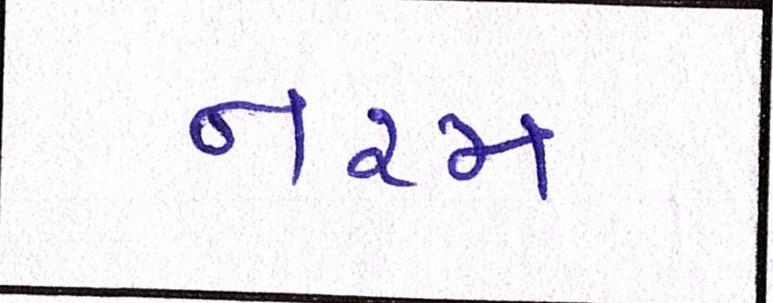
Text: નરમ